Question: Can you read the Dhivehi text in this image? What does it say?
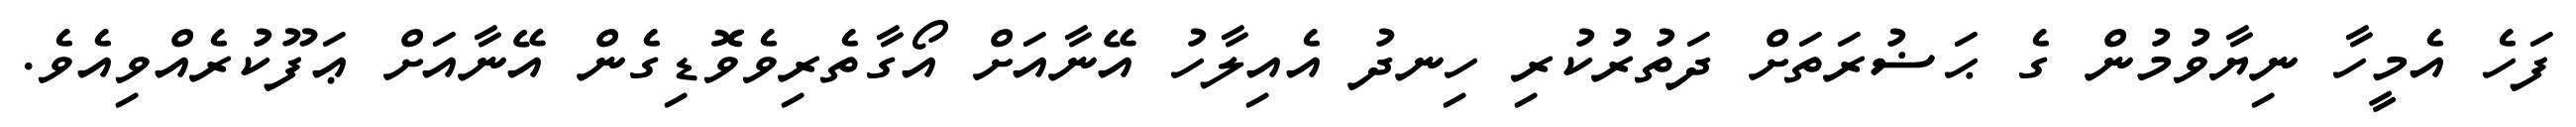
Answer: ފަހެ އެމީހާ ނިޔާވުމުން ގެ ޙަޟުރަތަށް ދަތުރުކުރި ހިނދު އެއިލާހު އޭނާއަށް އޯގާތެރިވެވޮޑިގެން އޭނާއަށް ޢަފޫކުރެއްވިއެވެ.